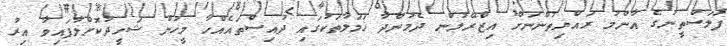
ފަލަސްތީނުގެ އާންމު ރައްޔިތުންނަށް އިޒްރޭލުން ދެމުންދާ ހަމަލާތަކުގައި ދުއިސްތައެއްހާ މީހުން ޝަހީދުކޮށްލާފައިވާ އިރު